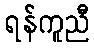
ရန်ကူညီ